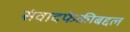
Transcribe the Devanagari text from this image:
संवादफेकीबद्दल